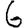
Digit: 6